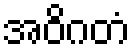
အဝိဂတံ